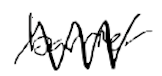
Text: barrier
Cross-out: zig-zag
Writing tool: digital_black